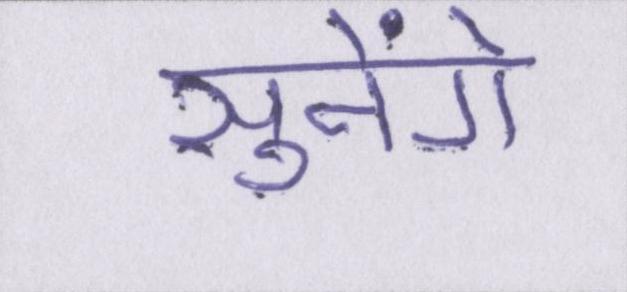
सुनेंगे